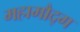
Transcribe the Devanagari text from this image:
महामौद्ग